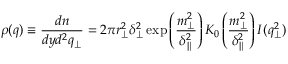
\rho ( q ) \equiv \frac { d n } { d y d ^ { 2 } q _ { \perp } } = 2 \pi r _ { \perp } ^ { 2 } \delta _ { \perp } ^ { 2 } \exp \left( \frac { m _ { \perp } ^ { 2 } } { \delta _ { \parallel } ^ { 2 } } \right) K _ { 0 } \left( \frac { m _ { \perp } ^ { 2 } } { \delta _ { \parallel } ^ { 2 } } \right) I ( q _ { \perp } ^ { 2 } )